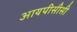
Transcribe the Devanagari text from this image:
आयपीसीसी